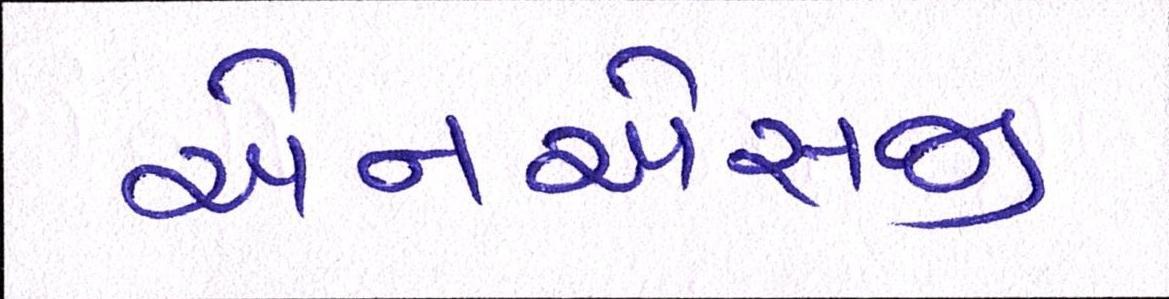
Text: એનએસજી